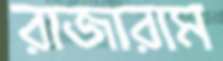
রাজারাম